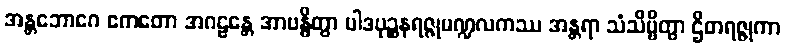
အန္တဘောဂေ ဧကတော အဂဠန္တေ အာဗန္ဓိတွာ ပါဒပုဉ္ဆနရဇ္ဇုမဏ္ဍလကဿ အန္တရာ သံသိဗ္ဗိတွာ ဌိတရဇ္ဇုကာ